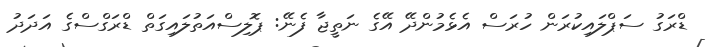
ޑްރަގު ސަޕްލައިކުރަން ހުރަސް އެޅެމުންދޭ އޭގެ ނަތީޖާ ފެނޭ: ޕޮލިސްއަތުލައިގަތް ޑްރަގްސްގެ އަދަދު